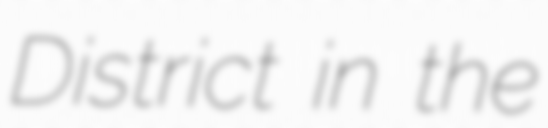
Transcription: District in the